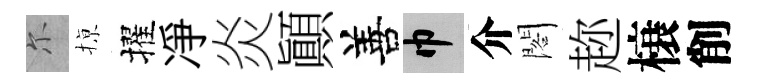
尓𢱊擢凈炎顚善巾介閣趂榱削